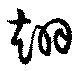
翊